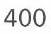
400